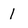
Character: l